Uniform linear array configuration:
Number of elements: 12
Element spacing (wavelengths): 0.5
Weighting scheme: binomial
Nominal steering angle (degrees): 0
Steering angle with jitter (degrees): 1.001
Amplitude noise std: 0.05
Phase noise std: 0.05

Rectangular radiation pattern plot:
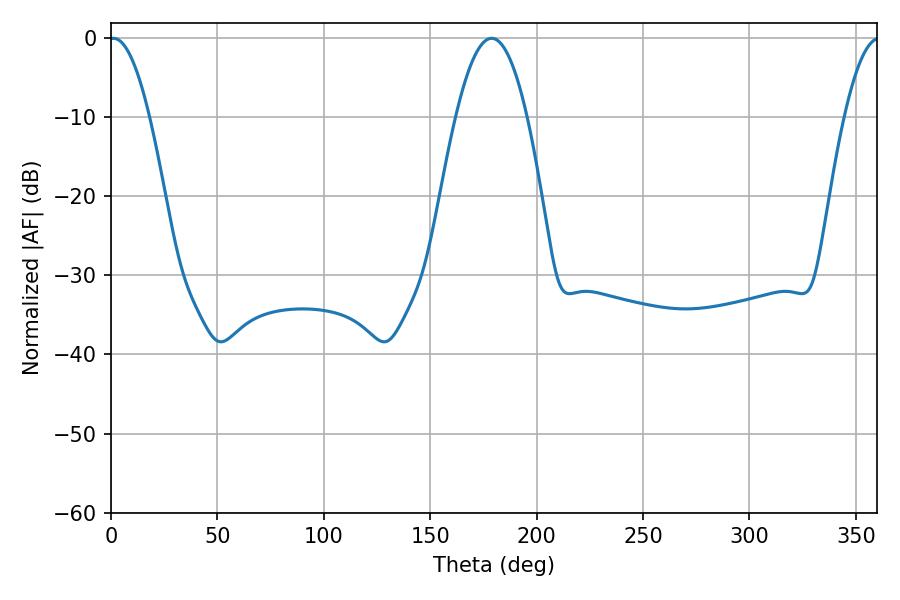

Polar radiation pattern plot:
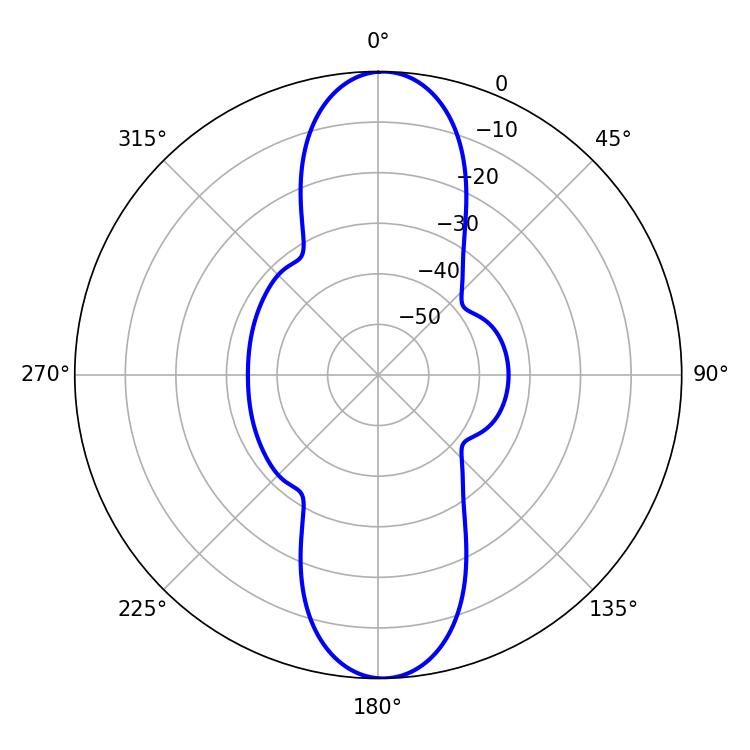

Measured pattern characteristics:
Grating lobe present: FALSE
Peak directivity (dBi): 21.37
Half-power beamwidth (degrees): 10.26
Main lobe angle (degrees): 1.08